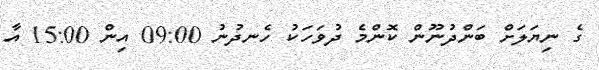
ގެ ނިޔަލަށް ބަންދުނޫން ކޮންމެ ދުވަހަކު ހެނދުނު 09:00 އިން 15:00 އާ